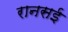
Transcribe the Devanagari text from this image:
रानसई